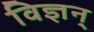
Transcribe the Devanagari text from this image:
विज्ञन्